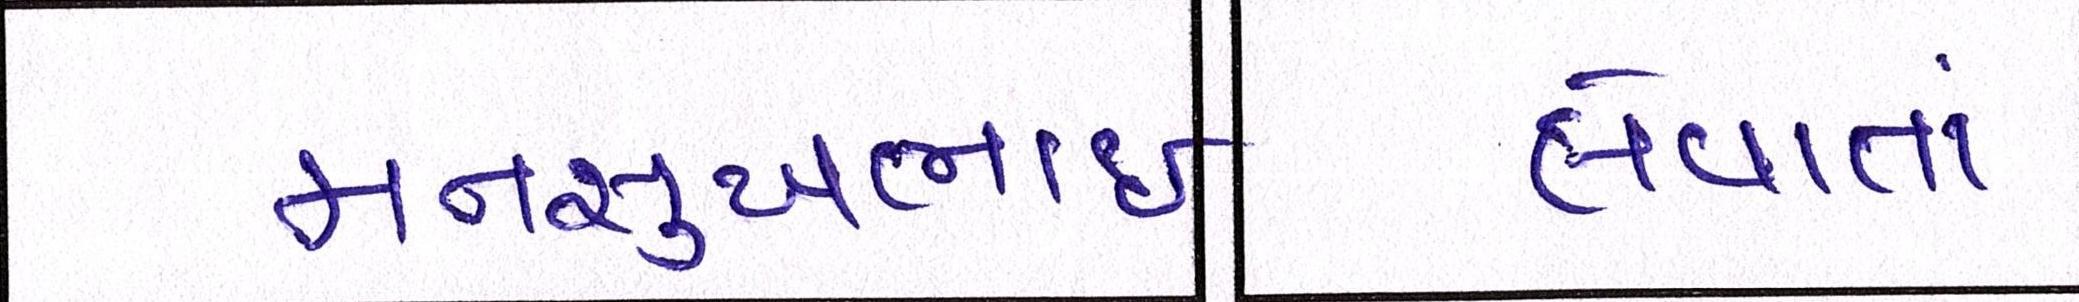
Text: લેવાતાં